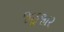
જહૂજાર